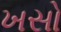
ખસો